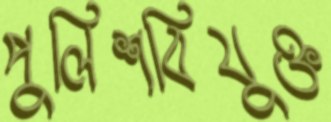
পুলিশবিযুক্ত